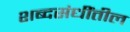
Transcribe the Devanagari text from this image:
शब्दसंधींतील